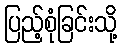
ပြည့်စုံခြင်းသို့